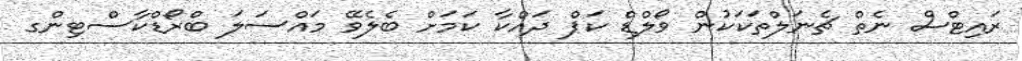
ރައިޓްސް ނެތް ޗެނަލްތަކަކުން ވޯލްޑް ކަޕް ދައްކާ ކަމަށް ބެލެވޭ މައްސަލަ ބްރޯޑްކާސްޓިންގ